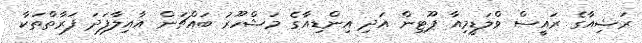
ރަޝިއާގެ ރައީސް ވްލަޑީމިއާ ޕޫޓިން އަދި އިންޑިއާގެ މަޝްހޫރު ބައްޗަން އާއިލާފަދަ ފަރާތްތަކާ